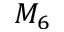
M _ { 6 }